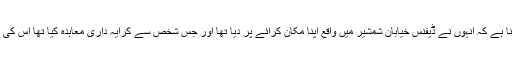
مالک مکان نواب بلوچ کا کہنا ہے کہ انہوں نے ڈیفنس خیابان شمشیر میں واقع اپنا مکان کرائے پر دیا تھا اور جس شخص سے کرایہ داری معاہدہ کیا تھا اس کی اہلیہ بااثر سرکاری افسر ہیں۔